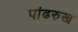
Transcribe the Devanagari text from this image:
पांढरुख